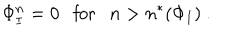
LaTeX: \Phi _ { I } ^ { n } = 0 \ \ \ \mathrm { f o r } \ \ \ n > n ^ { * } ( \Phi _ { I } ) \ .